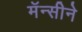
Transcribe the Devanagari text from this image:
मॅन्सीने